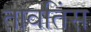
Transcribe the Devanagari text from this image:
तावतिंस